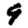
Digit: 9